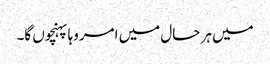
میں ہر حال میں امروہا پہنچوں گا۔